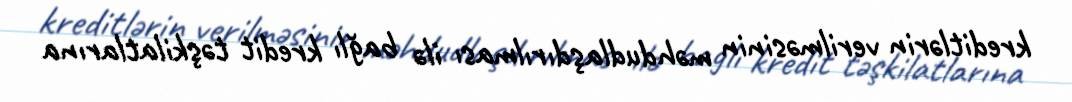
kreditlərin verilməsinin məhdudlaşdırılması ilə bağlı kredit təşkilatlarına